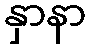
နှာနာ